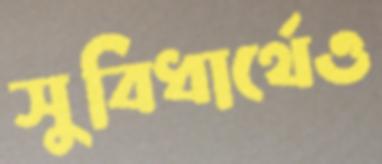
সুবিধার্থেও